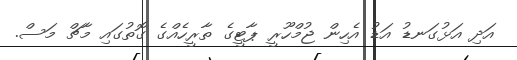
އަދި އަޅުގަނޑު އަޑު އެހިން ޖުމްހޫރީ ޕާޓީގެ ތާރީހެއްގެ ގޮތުގައި މާޗް މަސް.